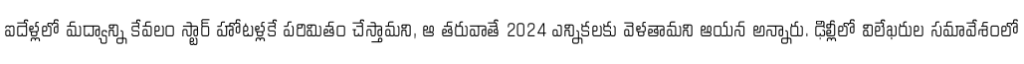
ఐదేళ్లలో మద్యాన్ని కేవలం స్టార్ హోటళ్లకే పరిమితం చేస్తామని, ఆ తరువాతే 2024 ఎన్నికలకు వెళతామని ఆయన అన్నారు. ఢిల్లీలో విలేఖరుల సమావేశంలో